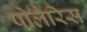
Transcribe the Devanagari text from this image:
पोलैरिस